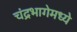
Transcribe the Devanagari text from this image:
चंद्रभागेमध्ये